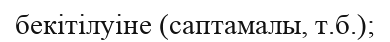
бекітілуіне (саптамалы, т.б.);